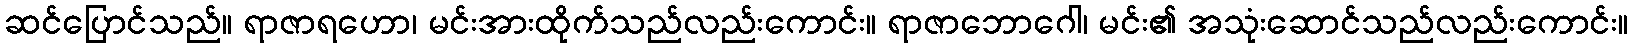
ဆင်ပြောင်သည်။ ရာဇာရဟော၊ မင်းအားထိုက်သည်လည်းကောင်း။ ရာဇာဘောဂေါ၊ မင်း၏ အသုံးဆောင်သည်လည်းကောင်း။